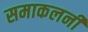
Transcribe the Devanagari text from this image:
समाकलनी